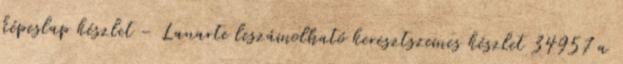
képeslap készlet - Lanarte leszámolható keresztszemes készlet 34957 a